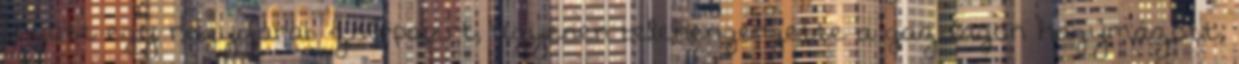
fogott egy nagydarab zsírpapírt, ügyesen belehengergette a gazdagon hagymázott,